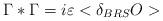
LaTeX: \begin{align*}\Gamma *\Gamma =i\varepsilon <\delta _{BRS}O>\end{align*}